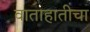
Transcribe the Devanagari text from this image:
वाताहातीचा